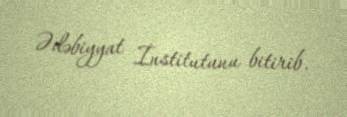
Ədəbiyyat İnstitutunu bitirib.